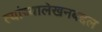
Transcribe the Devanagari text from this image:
त्यांच्यालेखनबद्दल